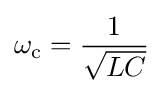
\omega _{\mathrm {c} }={\frac {1}{\sqrt {LC}}}